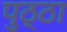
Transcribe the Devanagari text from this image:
पुठ्ठा